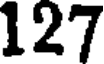
127